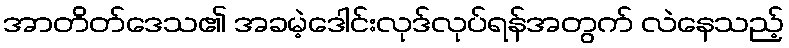
အာတိတ်ဒေသ၏ အခမဲ့ဒေါင်းလုဒ်လုပ်ရန်အတွက် လဲနေသည့်